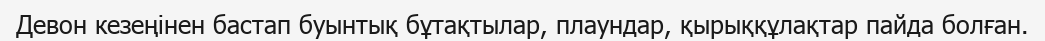
Девон кезеңінен бастап буынтық бұтақтылар, плаундар, қырыққұлақтар пайда болған.